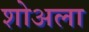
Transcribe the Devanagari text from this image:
शोअला